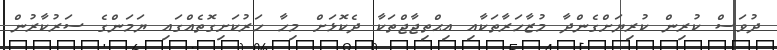
ދުވަސް ކުރިން ކުރިޔަށްގެންދާ މުޒާހަރާތަކާއި އިޙްތިޖާޖްތަކާ ދެކޮޅަށް މިހާ ހަރުކަށިގޮތެއްގައި ޔަމަންގެ ސަރުކާރުން